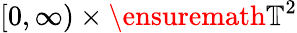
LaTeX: [0,\infty)\times\ensuremath{\mathbb{T}}^{2}